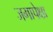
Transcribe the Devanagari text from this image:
जगापेक्षा